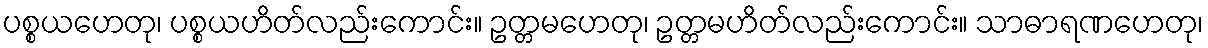
ပစ္စယဟေတု၊ ပစ္စယဟိတ်လည်းကောင်း။ ဥတ္တမဟေတု၊ ဥတ္တမဟိတ်လည်းကောင်း။ သာဓာရဏဟေတု၊